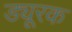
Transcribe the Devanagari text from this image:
ड्यूरक